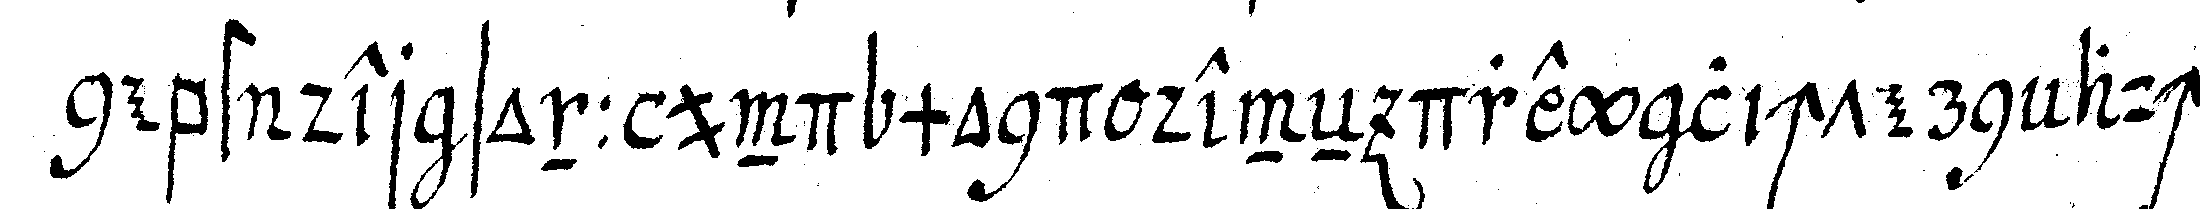
nebst der sonn und mond deneN drey lichtern auch